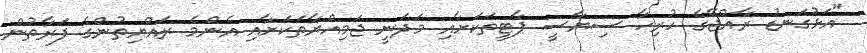
"އަޅުގަނޑު ރާއްޖޭގެ ހުރިހާ ސިޔާސީ ޕާޓީތަކަށާއި މަދަނީ ޖަމިއްޔާތަކަށާއި އެންމެ ރައްޔިތުންގެ ފަރާތުން